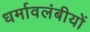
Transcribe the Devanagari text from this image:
धर्मावलंबीयों